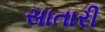
સાતારી